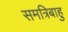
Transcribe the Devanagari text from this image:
समत्रिबाहु